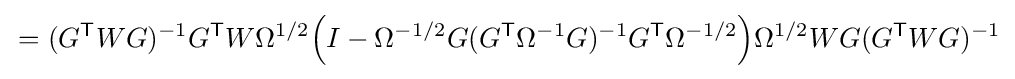
\,=(G^{\mathsf {T}}WG)^{-1}G^{\mathsf {T}}W\Omega ^{1/2}{\Big (}I-\Omega ^{-1/2}G(G^{\mathsf {T}}\Omega ^{-1}G)^{-1}G^{\mathsf {T}}\Omega ^{-1/2}{\Big )}\Omega ^{1/2}WG(G^{\mathsf {T}}WG)^{-1}